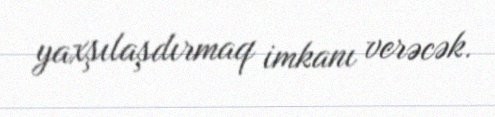
yaxşılaşdırmaq imkanı verəcək.